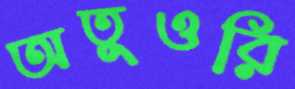
অতুওরি